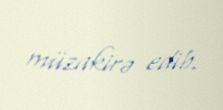
müzakirə edib.